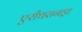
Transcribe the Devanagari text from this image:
एरीथरानड्रा